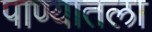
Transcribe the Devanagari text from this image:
पाण्यातला